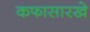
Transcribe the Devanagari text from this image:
कफासारखे